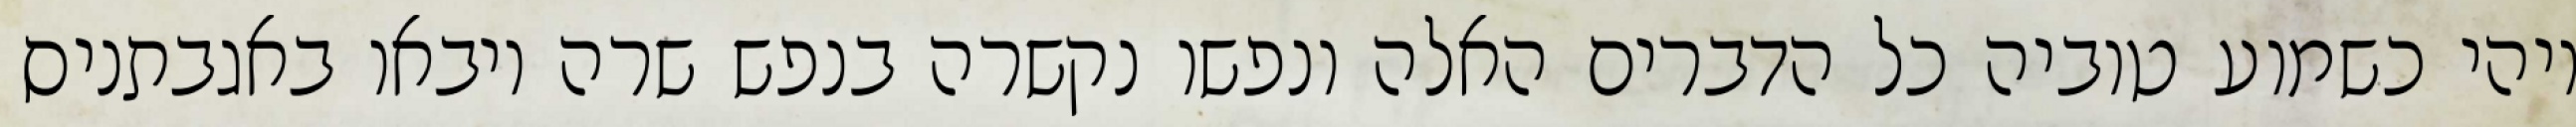
ויהי כשמוע טוביה כל הדברים האלה ונפשו נקשרה בנפש שרה ויבאו באגבתניס